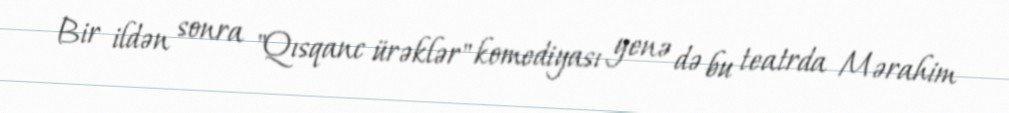
Bir ildən sonra "Qısqanc ürəklər" komediyası yenə də bu teatrda Mərahim